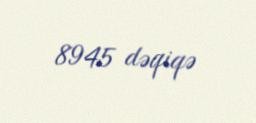
8945 dəqiqə